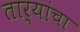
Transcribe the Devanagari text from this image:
तार्यांचा